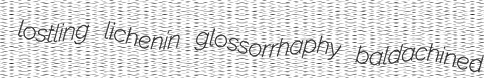
lostling lichenin glossorrhaphy baldachined